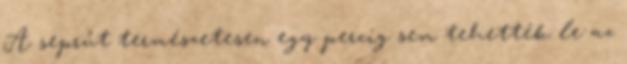
A seprűt természetesen egy percig sem tehették le az